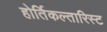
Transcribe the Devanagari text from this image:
होर्तिकल्तारिस्ट